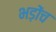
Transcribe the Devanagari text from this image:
भड़ोंच